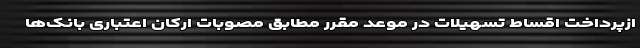
ازپرداخت اقساط تسهیلات در موعد مقرر مطابق مصوبات ارکان اعتباری بانک‌ها